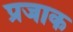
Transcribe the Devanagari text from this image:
प्रजाक